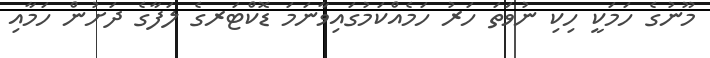
މޫނުގެ ހަމަކީ ހިކި ނުވަތަ ހަރު ހަމެއްކަމުގައިވާނަމަ ޑޮކްޓަރގެ ލަފާގެ ދަށުން ހަމާއި